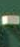
-